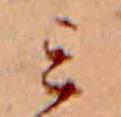
ミ